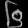
Digit: ၆